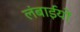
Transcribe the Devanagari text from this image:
लंबाईयों